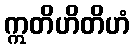
ဣတိဟိတိဟံ